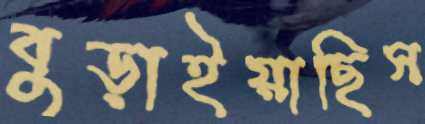
বুড়াইয়াছিস